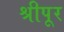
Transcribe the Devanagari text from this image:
श्रीपूर